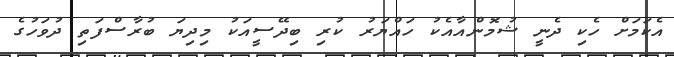
އެކަމަށް ހެކި ދެނީ ޝުމޮންއާއެކު ހައްޔަރު ކުރި ބިދޭސީއަކު މިދިޔަ ބުރާސްފަތި ދުވަހުގެ